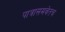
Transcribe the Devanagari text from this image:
पात्रासमवेतच